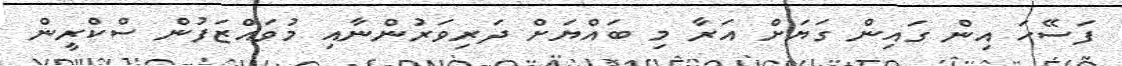
ފަސޭހަ އިން ގައިން ގަޔަށް އަރާ މި ބައްޔަށް ދަރިވަރުންނާއި މުވައްޒަފުން ސްކްރީން